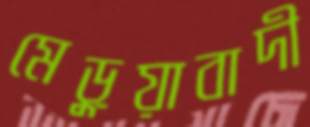
মেড়ুয়াবাদী